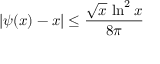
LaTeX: | \psi ( x ) - x | \leq { \frac { { \sqrt { x } } \, \ln ^ { 2 } x } { 8 \pi } }